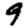
Digit: 9